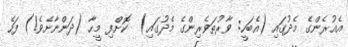
އެއުރެންގެ މެދުގައި (އެބަހީ: ވާރުތަވެރިންގެ މެދުގައި)  ކޮށްފި މީހާ (ދަންނާށެވެ!) ފަހެ